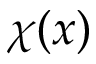
\chi ( x )